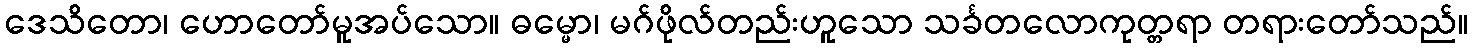
ဒေသိတော၊ ဟောတော်မူအပ်သော။ ဓမ္မော၊ မဂ်ဖိုလ်တည်းဟူသော သင်္ခတလောကုတ္တရာ တရားတော်သည်။